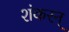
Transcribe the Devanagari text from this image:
शंकरन्